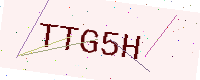
Text: TTG5H